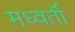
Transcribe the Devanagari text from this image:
मध्वर्ती